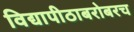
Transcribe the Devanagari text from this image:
विद्यापीठाबरोबरच